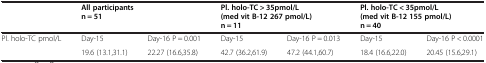
|  | <COLSPAN=2> All participants n = 51 | <COLSPAN=2> Pl. holo-TC > 35pmol/L (med vit B-12 267 pmol/L) n = 11 | <COLSPAN=2> Pl. holo-TC < 35pmol/L (med vit B-12 155 pmol/L) n = 40 |
 | --- | --- | --- | --- | --- | --- | --- |
 | Pl. holo-TC pmol/L | Day-15 | Day-16 P = 0.001 | Day-15 | Day-16 P = 0.013 | Day-15 | Day-16 P < 0.0001 |
 |  | 19.6 (13.1,31.1) | 22.27 (16.6,35.8) | 42.7 (36.2,61.9) | 47.2 (44.1,60.7) | 18.4 (16.6,22.0) | 20.45 (15.6,29.1) |